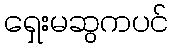
ရှေးမဆွကပင်